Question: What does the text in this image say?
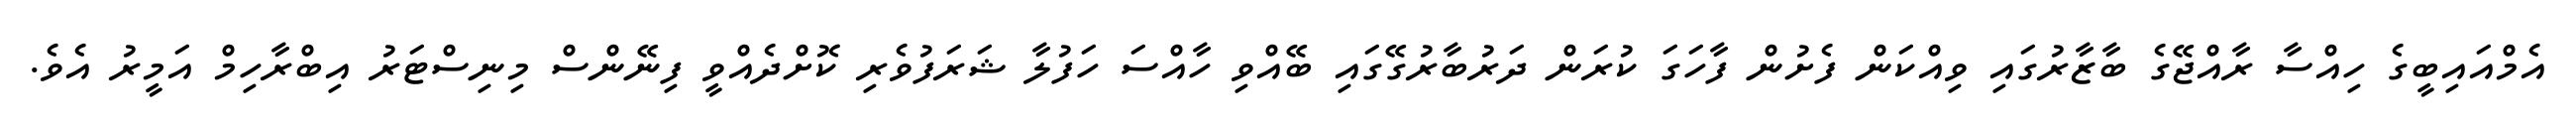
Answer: އެމްއައިބީގެ ހިއްސާ ރާއްޖޭގެ ބާޒާރުގައި ވިއްކަން ފެށުން ފާހަގަ ކުރަން ދަރުބާރުގޭގައި ބޭއްވި ހާއްސަ ހަފުލާ ޝަރަފުވެރި ކޮށްދެއްވީ ފިނޭންސް މިނިސްޓަރު އިބްރާހިމް އަމީރު އެވެ.